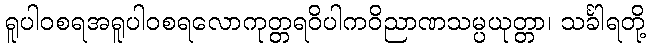
ရူပါဝစရအရူပါဝစရလောကုတ္တရဝိပါကဝိညာဏသမ္ပယုတ္တာ၊ သင်္ခါရတို့